Document type: Emphyteutic lease
Year: 1473
Scribe: [Unknown]
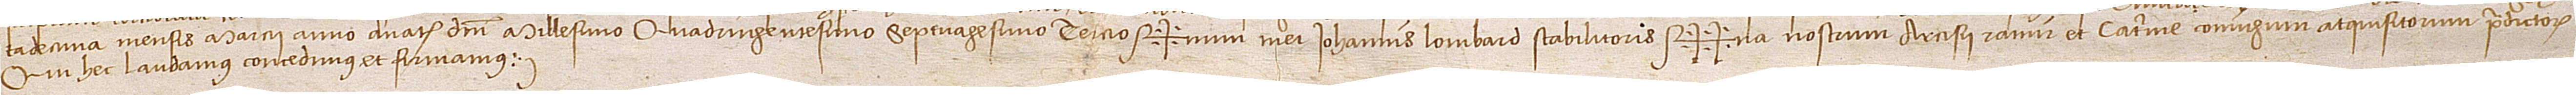
/ tadecima mensis marcii, anno a Nativitate Domini millesimo quadringentesimo septuagesimo tercio.  Sig+num mei Iohannis Lombard, stabilitoris, Sig++na nostrum Arcisii Ramir et Caterine, coniugium, atquisitorum predictorum,